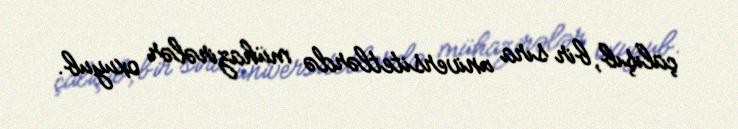
çalışıb, bir sıra universitetlərdə mühazirələr oxuyub.